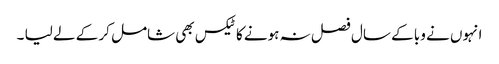
انہوں نے وبا کے سال فصل نہ ہونے کا ٹیکس بھی شامل کر کے لے لیا ۔